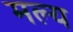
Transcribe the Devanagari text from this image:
मल्य